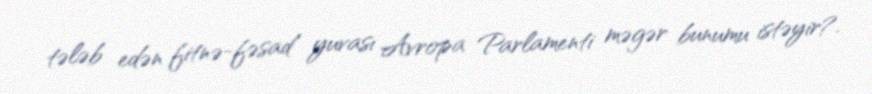
tələb edən fitnə-fəsad yuvası Avropa Parlamenti məgər bunumu istəyir?.